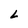
Character: L